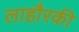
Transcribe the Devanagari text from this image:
लाहौरकी